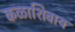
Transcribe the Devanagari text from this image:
कळाशिवाय